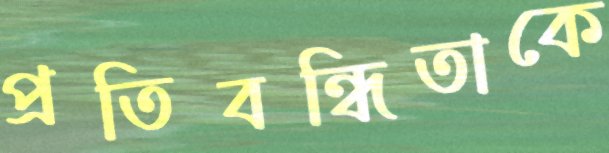
প্রতিবন্ধিতাকে